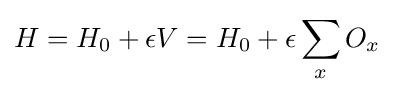
H=H_{0}+\epsilon V=H_{0}+\epsilon \sum _{x}O_{x}